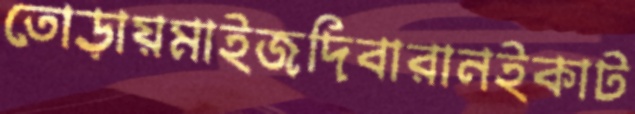
তোড়ায়মাইজদিবারানইকাট